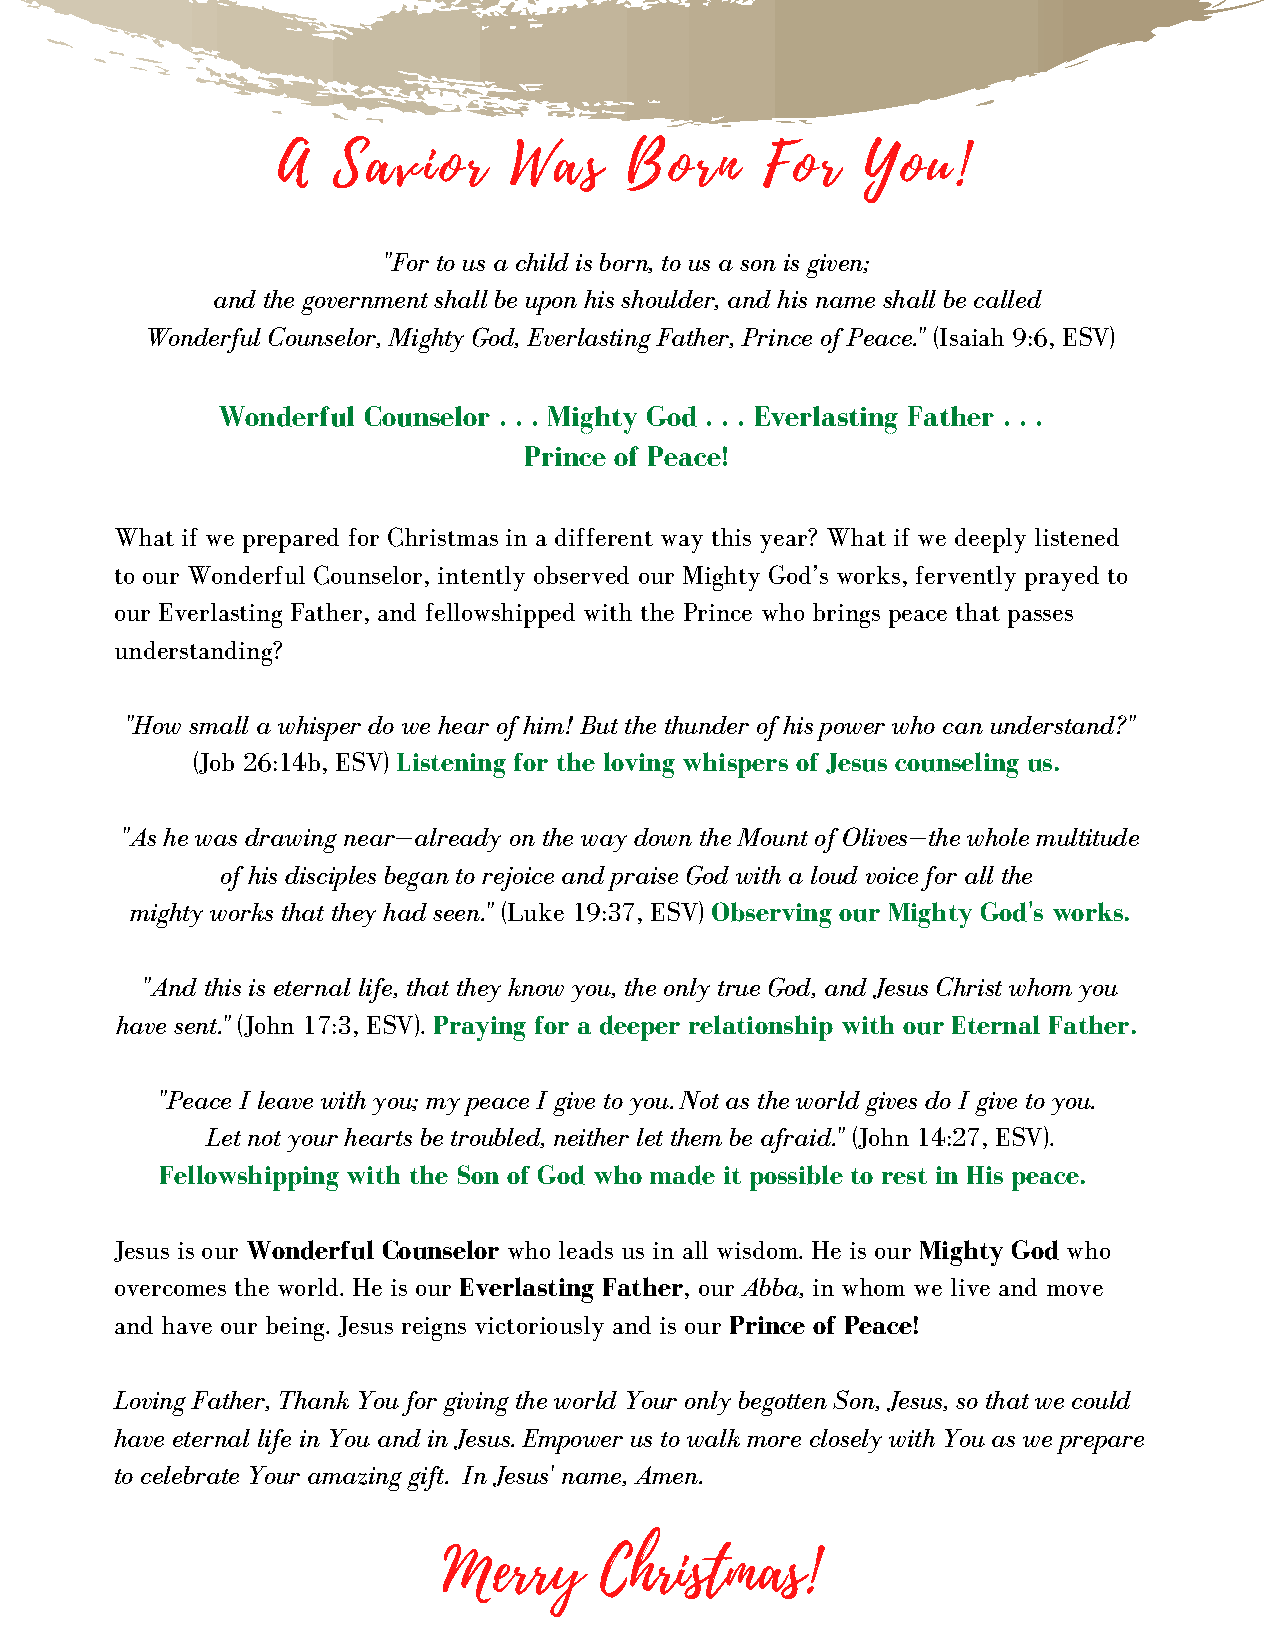
A   Savior      Was    Born      For   You!
 "For to us a child is born, to us a son is given;
 and the government shall be upon his shoulder, and his name shall be called
 Wonderful Counselor, Mighty God, Everlasting Father, Prince of Peace." (Isaiah 9:6, ESV)
 Wonderful Counselor . . . Mighty God . . . Everlasting Father . . .
 Prince of Peace!
 What if we prepared for Christmas in a different way this year? What if we deeply listened
 to our Wonderful Counselor, intently observed our Mighty God’s works, fervently prayed to
 our Everlasting Father, and fellowshipped with the Prince who brings peace that passes
 understanding?
 "How small a whisper do we hear of him! But the thunder of his power who can understand?"
 (Job 26:14b, ESV) Listening for the loving whispers of Jesus counseling us.
 "As he was drawing near—already on the way down the Mount of Olives—the whole multitude
 of his disciples began to rejoice and praise God with a loud voice for all the
 mighty works that they had seen." (Luke 19:37, ESV) Observing our Mighty God's works.
 "And this is eternal life, that they know you, the only true God, and Jesus Christ whom you
 have sent." (John 17:3, ESV). Praying for a deeper relationship with our Eternal Father.
 "Peace I leave with you; my peace I give to you. Not as the world gives do I give to you.
 Let not your hearts be troubled, neither let them be afraid." (John 14:27, ESV).
 Fellowshipping with the Son of God who made it possible to rest in His peace.
 Jesus is our Wonderful Counselor who leads us in all wisdom. He is our Mighty God who
 overcomes the world. He is our Everlasting Father, our Abba, in whom we live and move
 and have our being. Jesus reigns victoriously and is our Prince of Peace!
 Loving Father, Thank You for giving the world Your only begotten Son, Jesus, so that we could
 have eternal life in You and in Jesus. Empower us to walk more closely with You as we prepare
 to celebrate Your amazing gift. In Jesus' name, Amen.
 Merry      Christmas!